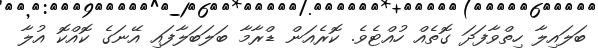
ބަލައިލާ ހިތްވާފަދަ ގޮތެއް ހުއްޓެވެ. ކޮރެއަން ޑްރާމާ ބަލަބަލާފައި އޭނަގެ ކޮއްކޮ އުލާ